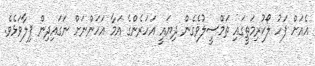
އެއަށް ފަހު ލޯކުރިމަތީގައި ތަމްސީލުވެގެން ދިޔައީ އަހަރެންގެ އަމާ އަހަންނަށް ނަގައިދިން ފިލާވަޅެވެ.